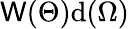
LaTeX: \mathsf{W}(\Theta){\textrm{{d}}}(\Omega)